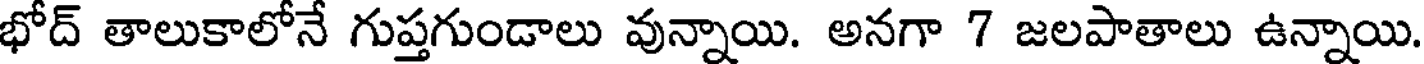
భోద్ తాలుకాలోనే గుప్తగుండాలు వున్నాయి. అనగా 7 జలపాతాలు ఉన్నాయి